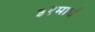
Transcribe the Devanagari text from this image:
३१मार्च